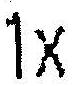
1X